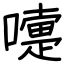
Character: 嚏